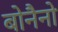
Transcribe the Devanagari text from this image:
बोनैनो